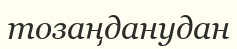
тозаңданудан